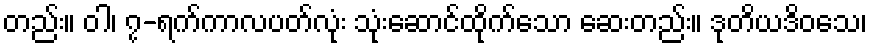
တည်း။ ဝါ၊ ၇-ရက်ကာလပတ်လုံး သုံးဆောင်ထိုက်သော ဆေးတည်း။ ဒုတိယဒိဝသေ၊